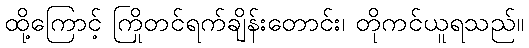
ထို့ကြောင့် ကြိုတင်ရက်ချိန်းတောင်း၊ တိုကင်ယူရသည်။